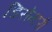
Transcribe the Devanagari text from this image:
डिसेन्टरी